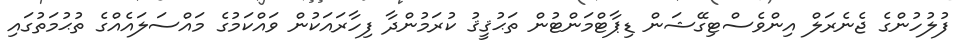
ފުލުހުންގެ ޖެނެރަލް އިންވެސްޓިގޭޝަން ޑިޕާޓްމަންޓުން ތަޙުޤީޤު ކުރަމުންދާ ފިހާރައަކުން ވައްކަމުގެ މައްސަލައެއްގެ ތުޙުމަތުގައި